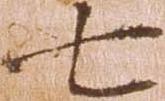
七